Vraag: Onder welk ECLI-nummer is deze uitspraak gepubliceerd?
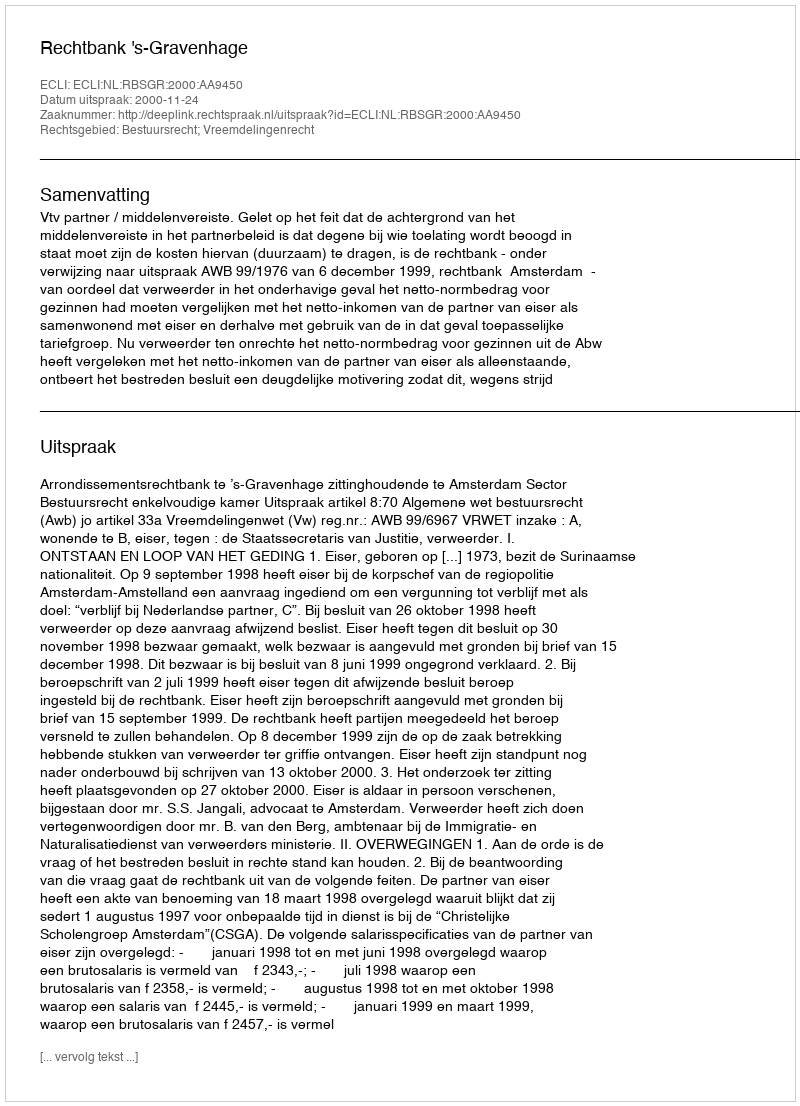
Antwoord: ECLI:NL:RBSGR:2000:AA9450